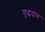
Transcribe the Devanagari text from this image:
वृद्धदारु